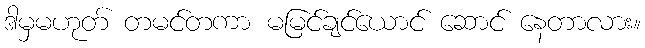
ဒါမှမဟုတ် တမင်တကာ မမြင်ချင်ယောင် ဆောင် နေတာလား။